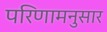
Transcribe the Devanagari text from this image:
परिणामनुसार